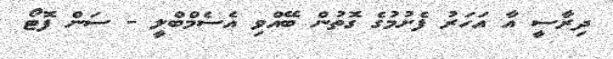
ދިރާސީ އާ އަހަރު ފެށުމުގެ ގޮތުން ބޭއްވި އެސެމްބްލީ - ސަން ފޮޓޯ